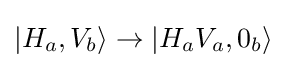
|H_{a},V_{b}\rangle \rightarrow |H_{a}V_{a},0_{b}\rangle